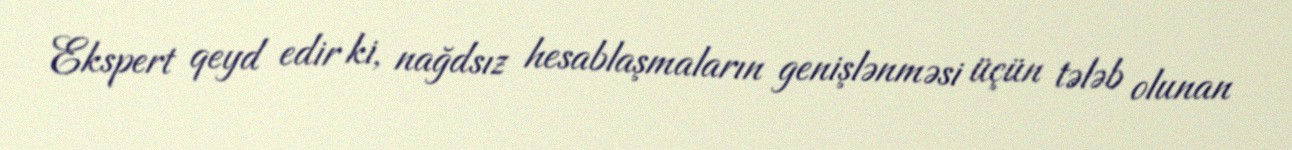
Ekspert qeyd edir ki, nağdsız hesablaşmaların genişlənməsi üçün tələb olunan